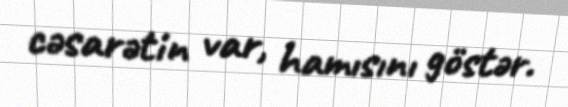
cəsarətin var, hamısını göstər.